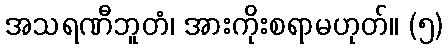
အသရဏီဘူတံ၊ အားကိုးစရာမဟုတ်။ (၅)